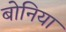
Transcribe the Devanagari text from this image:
बोनिया